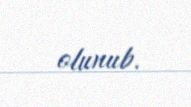
olunub.